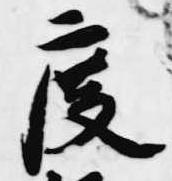
度